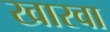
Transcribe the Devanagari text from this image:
खारवा